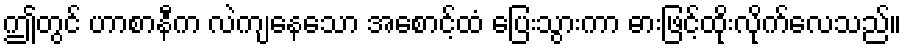
ဤတွင် ဟာစာနီက လဲကျနေသော အစောင့်ထံ ပြေးသွားကာ ဓားဖြင့်ထိုးလိုက်လေသည်။